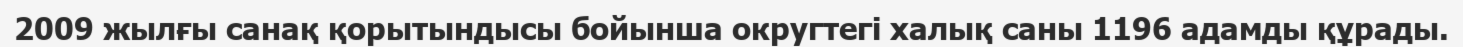
2009 жылғы санақ қорытындысы бойынша округтегі халық саны 1196 адамды құрады.